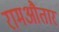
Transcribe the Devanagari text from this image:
रामऔतार